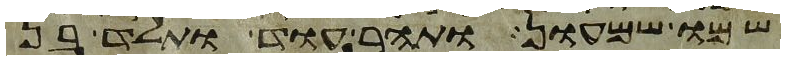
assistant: שמו שמעון ותהר עוד ותלד בן